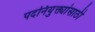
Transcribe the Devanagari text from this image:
पदनियुक्त्यांसाठी